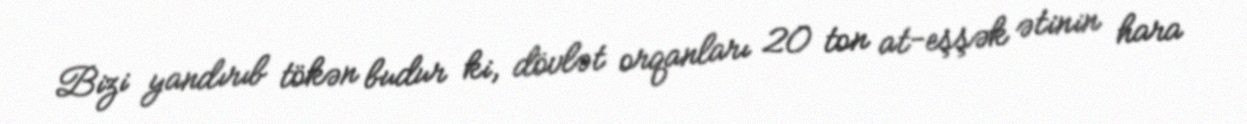
Bizi yandırıb tökən budur ki, dövlət orqanları 20 ton at-eşşək ətinin hara